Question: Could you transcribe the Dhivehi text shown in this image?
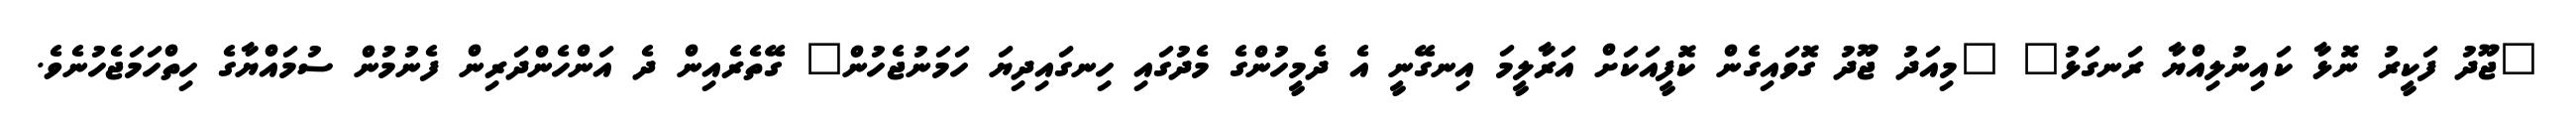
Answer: "ޖޫދު ފަކީރު ނޮޅާ ކައިނުލިއްޔާ ރަނގަޅު" "މިއަދު ޖޫދު ގޮވައިގެން ކޮފީއަކަށް އަރާލީމަ އިނގޭނީ އެ ދެމީހުންގެ މެދުގައި ހިނގައިދިޔަ ހަމަނުޖެހުން" ގޭތެރެއިން ދެ އަންހެންދަރިން ފެނުމުން ސުމައްޔާގެ ހިތްހަމަޖެހުނެވެ.